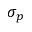
\sigma _ { p }